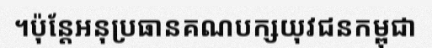
។ប៉ុន្តែអនុប្រធានគណបក្សយុវជនកម្ពុជា